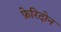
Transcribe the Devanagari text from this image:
फ़ेरिदोन